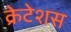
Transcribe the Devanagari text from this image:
क्रेटेशस